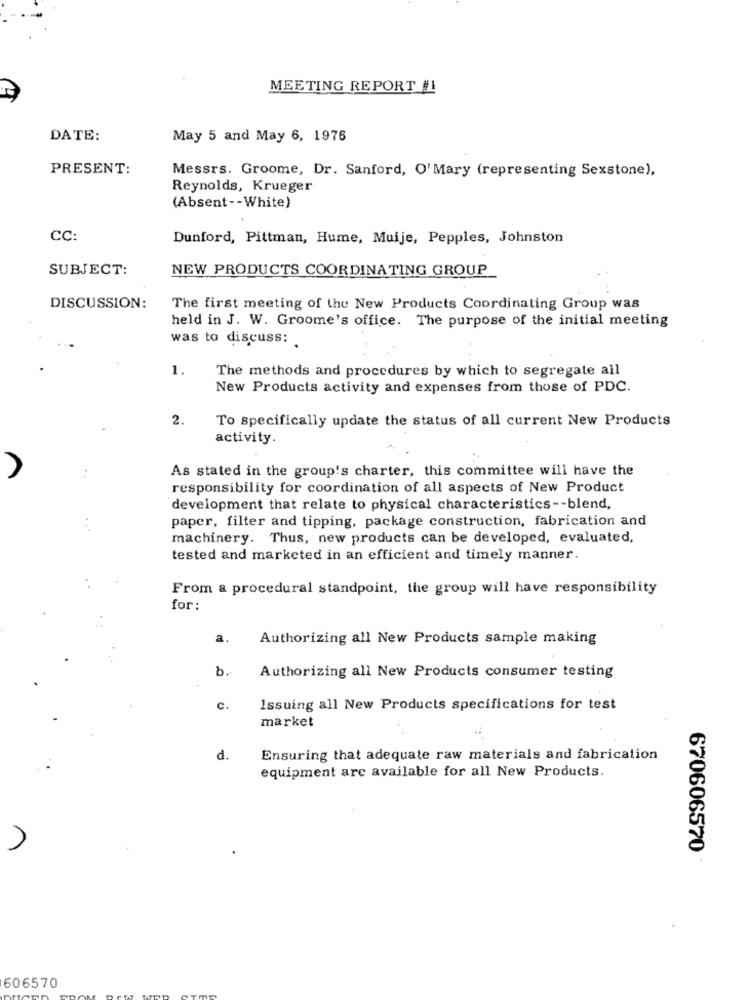
MEETING REPORT #1
DATE:
May 5 and May 6, 1976
PRESENT:
Messrs. Groome, Dr. Sanford, O'Mary (representing Sexstone),
Reynolds, Krueger
(Absent -- White)
CC:
Dunford, Pittman, Hume, Muije, Pepples, Johnston
SUBJECT:
NEW PRODUCTS COORDINATING GROUP
DISCUSSION:
The first meeting of the New Products Coordinating Group was
held in J. W. Groome's office. The purpose of the initial meeting
was to discuss:
1.
The methods and procedures by which to segregate all
New Products activity and expenses from those of PDC.
2.
To specifically update the status of all current New Products
activity.
As stated in the group's charter, this committee will have the
responsibility for coordination of all aspects of New Product
development that relate to physical characteristics -- blend,
paper, filter and tipping, package construction, fabrication and
machinery. Thus, new products can be developed, evaluated,
tested and marketed in an efficient and timely manner.
From a procedural standpoint, the group will have responsibility
for:
a.
Authorizing all New Products sample making
b.
Authorizing all New Products consumer testing
c.
Issuing all New Products specifications for test
market
..
d.
Ensuring that adequate raw materials and fabrication
equipment are available for all New Products.
670606570
606570